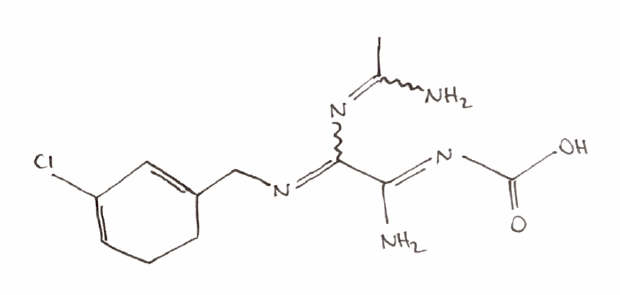
Simplified molecular-input line-entry system (SMILES) notation of the given molecule:
CC(=NC(=NCC1=CC(=CCC1)Cl)/C(=N/C(=O)O)/N)N